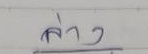
ล่าง